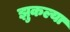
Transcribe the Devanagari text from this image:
झुकल्या